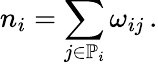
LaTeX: n_{i}=\sum_{j\in\mathbb{P}_{i}}\omega_{ij}\, .